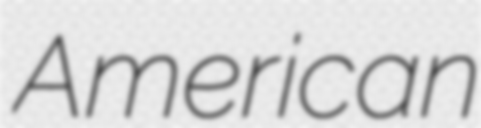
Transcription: American